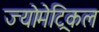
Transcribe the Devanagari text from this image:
ज्योमेट्रिकल